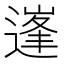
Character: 𨕱